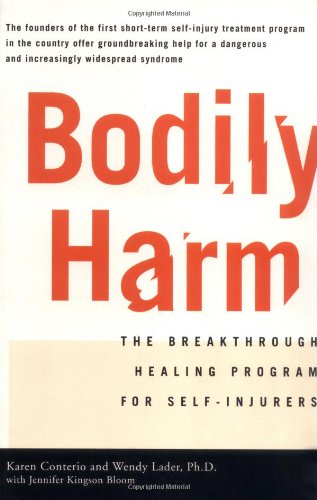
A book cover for Bodily Harm: The Breakthrough Healing Program For Self-Injurers; Karen Conterio; Health, Fitness & Dieting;